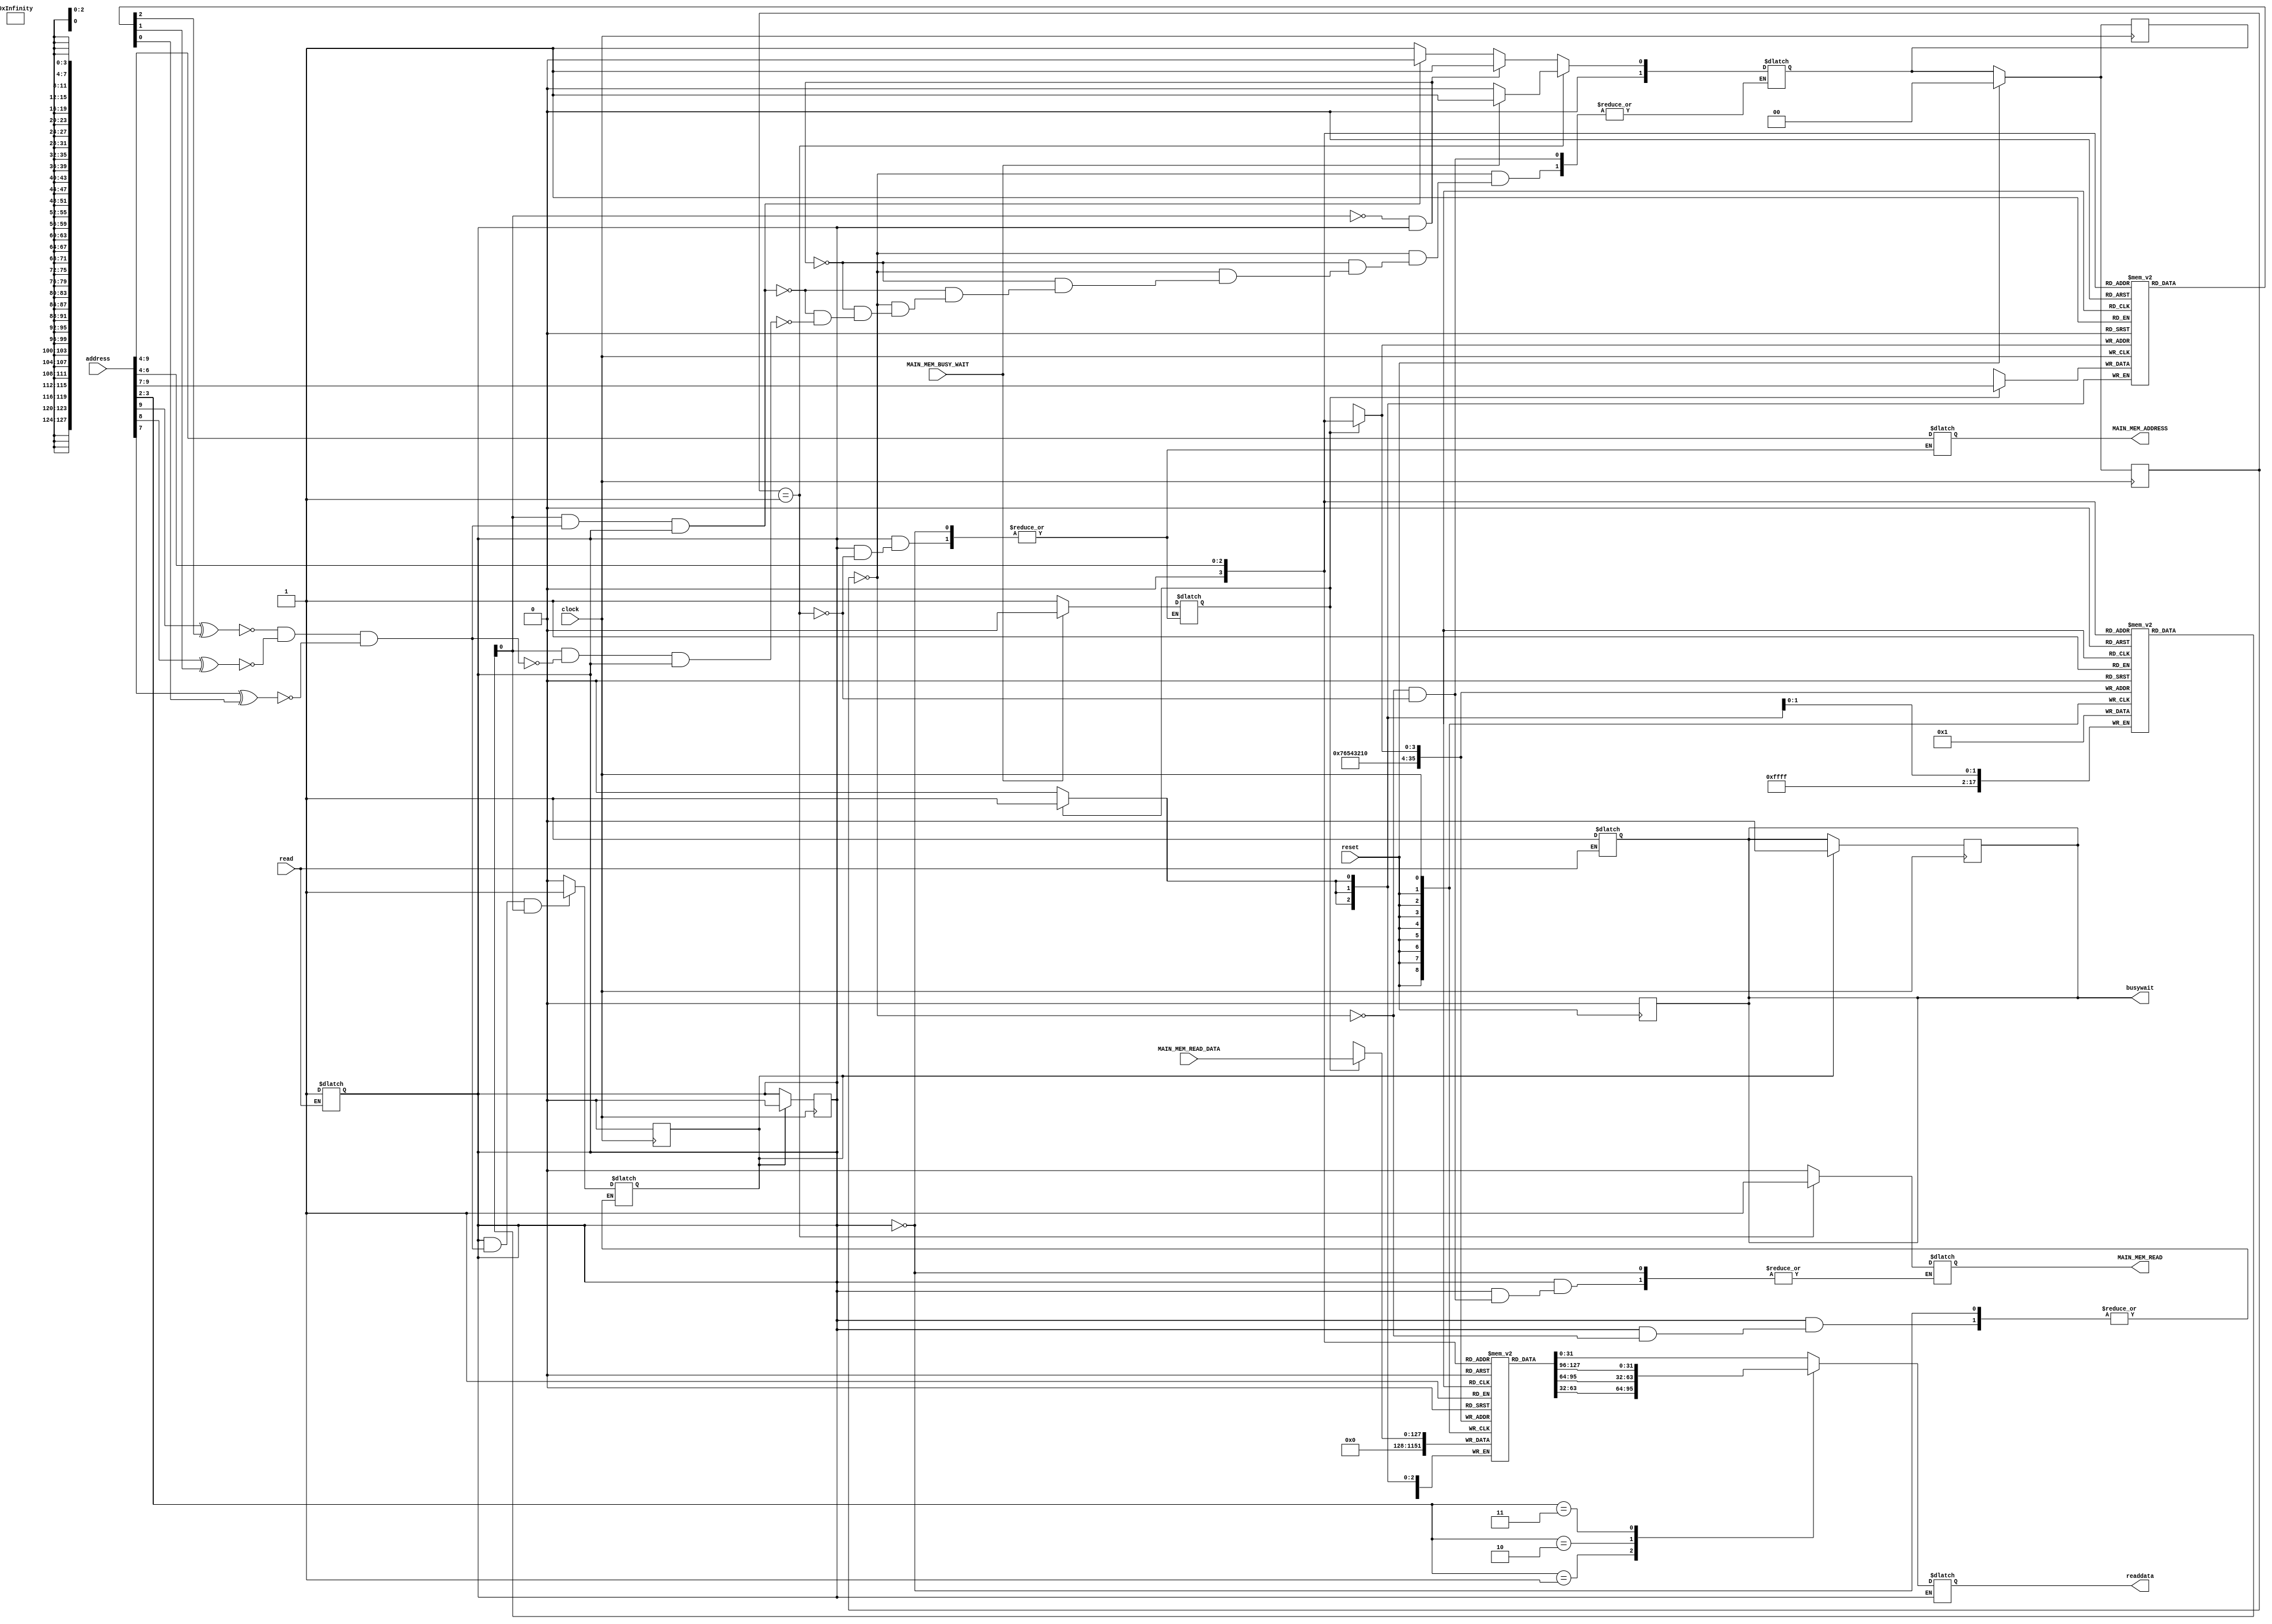
module ins_cache_memory(
	clock,
    reset,
    read,
    address,
    readdata,
	busywait,
    MAIN_MEM_READ, 
    MAIN_MEM_ADDRESS,
    MAIN_MEM_READ_DATA, 
    MAIN_MEM_BUSY_WAIT
);
    input				clock;
    input           	reset;
    input           	read;
    input[31:0]      	address; // taking the PC as the address
    output reg [31:0]	readdata;
    output reg      	busywait;

    // main memory input outputs
    output              MAIN_MEM_READ;
    output[5:0]         MAIN_MEM_ADDRESS;
    input[127:0]        MAIN_MEM_READ_DATA;
    input               MAIN_MEM_BUSY_WAIT;

    //Declare cache memory array 256x8-bits 
    reg [127:0] data_array [8:0];
    //Declare tag array 256x8-bits 
    reg [2:0] tag_array [8:0];
    //Declare valid bit array 256x8-bits 
    reg [1:0] validBit_array [8:0];

    parameter IDLE = 1'b0, MEM_READ = 1'b1;
    reg [1:0] state, next_state;

    // variables to handle state changes
    reg CURRENT_VALID;
    reg [2:0] CURRENT_TAG;
    reg [31:0] CURRENT_DATA;
    wire TAG_MATCH;

    // tempory variable to hold the data from the cache
    reg [31:0] tempory_data;

    // variables to hold the values of the memory module
    reg MAIN_MEM_READ;
    reg [5:0] MAIN_MEM_ADDRESS;
    wire [127:0] MAIN_MEM_READ_DATA;
    wire MAIN_MEM_BUSY_WAIT;

    reg readCache; // reg to remember the read to cache signal until the posedge
    reg writeCache; // reg to write the write cache signal until the posedge 

    reg writeCache_mem; // write enable signal to write to the cache mem after a memory read 

    //initiating the memory module
    //data_memory myDataMem (clock, reset, MAIN_MEM_READ, MAIN_MEM_WRITE, MAIN_MEM_ADDRESS,
    //        MAIN_MEM_WRITE_DATA, MAIN_MEM_READ_DATA, MAIN_MEM_BUSY_WAIT);

    // decoding the address
    wire [2:0] tag, index;
    wire [1:0] offset;
    assign tag = address[9:7];
    assign index = address[6:4];
    assign offset = address[3:2];

    // loading data 
    always @ (*)
    begin
        #1 // loading the current values
        CURRENT_VALID = validBit_array[index];
        CURRENT_DATA  = data_array[index];
        CURRENT_TAG   = tag_array[index];
    end

    // tag matching
    assign #0.9 TAG_MATCH = ~(tag[2]^CURRENT_TAG[2]) && ~(tag[1]^CURRENT_TAG[1]) && ~(tag[0]^CURRENT_TAG[0]);

    // putting data if read access
    always @(*)
    begin
        if (readaccess) // detect the idle read status
        #1
        begin
            // fetching data
            case(offset)
                2'b00:
                    readdata = data_array[index][31:0];
                2'b01:
                    readdata = data_array[index][63:32];
                2'b10:
                    readdata = data_array[index][95:64];
                2'b11:
                    readdata = data_array[index][127:96];
            endcase
        end
    end

    //Detecting an incoming memory access
    reg readaccess;
    always @(read)
    begin
        //busywait = (read)? 1 : 0;
        if (read) 
            begin
                busywait = 1'b1;
                readaccess = 1'b1;
            end
    end

    // combinational next state logic
    always @(*)
    begin
        case (state)
            IDLE:
                if (!CURRENT_VALID && (readaccess)) 
                    next_state = MEM_READ;
                else if (CURRENT_VALID && TAG_MATCH && (readaccess))
                    next_state = IDLE;
                else if (CURRENT_VALID && !TAG_MATCH && (readaccess))
                    next_state = MEM_READ;
            
            MEM_READ:
                if (MAIN_MEM_BUSY_WAIT)
                    next_state = MEM_READ; 
                else
                    next_state = IDLE;
            
        endcase
    end

    // combinational output logic
    always @(*)
    begin
        if (readaccess)
        begin
            case(state)
                IDLE:
                begin
                    // set main memory read and write signal to low
                    MAIN_MEM_READ = 1'b0;                  
                        
                    if (readaccess && TAG_MATCH && CURRENT_VALID)
                        begin
                            readCache = 1'b1; // set read cache memory to high
                            // readdata = tempory_data; // output the data
                        end
                    else readCache = 1'b0; // set the readCache signal to zero                    
                end
            
                MEM_READ: 
                begin
                    MAIN_MEM_READ = 1'b1;
                    // set the address to teh main memory
                    MAIN_MEM_ADDRESS = {tag, index};
                    
                    if (!MAIN_MEM_BUSY_WAIT)  writeCache_mem = 1'b1;
                    else writeCache_mem = 1'b0;
                end                
            endcase
        end
    end

    integer i;

    // sequential logic for state transitioning 
    always @(posedge reset)
    begin
        if(reset)
        begin
            busywait = 1'b0;
            for (i=0;i<8; i=i+1) // resetting the registers
                begin
                    data_array[i] = 0;
                    validBit_array[i] = 0;
                end
        end
    end

    // state change logic
    always @ (posedge clock)
    begin
        if (!reset)
            state = next_state;
        else
            begin
                state = IDLE;
                next_state = IDLE;
            end
    end

    // writing cache after a memory read
    always @ (posedge clock)
    begin
        if (writeCache_mem)
        begin
            #1
            // put the read data to the cache
            data_array[index] = MAIN_MEM_READ_DATA;
            tag_array[index] = tag;
            validBit_array[index] = 1'b1; // set the valid bit after loading data
        end
    end

    // to deassert and write back to the posedge
    always @ (posedge clock)
    begin
        if (readCache)
        begin       
            busywait = 1'b0; // set the busy wait signal to zero     
            readCache = 1'b0; // pull the read signal to low
            readaccess = 1'b0; // pull the read access signal to low
        end
    end

    /* Cache Controller FSM End */

endmodule